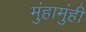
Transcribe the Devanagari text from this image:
मुंहामुंही